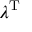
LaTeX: \lambda ^ { \mathrm { { T } } }